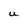
Character: U